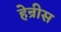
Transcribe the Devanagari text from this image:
हेन्रीस